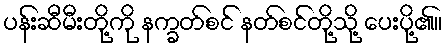
ပန်းဆီမီးတို့ကို နက္ခတ်စင် နတ်စင်တို့သို့ ပေးပို့၏။